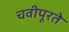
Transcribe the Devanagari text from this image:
चवीपूरते